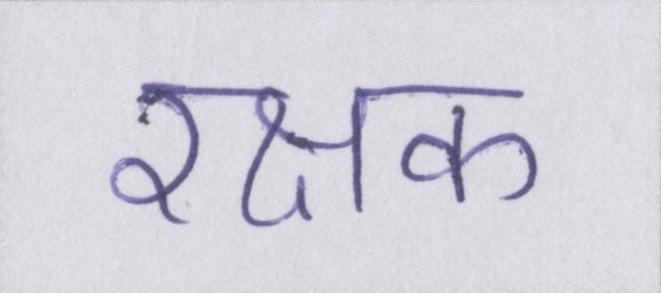
रक्षक